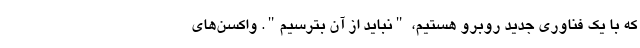
که با یک فناوری جدید روبرو هستیم، "نباید از آن بترسیم". واکسن‌های